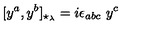
[ y ^ { a } , y ^ { b } ] _ { \star _ { \lambda } } = i \epsilon _ { a b c } \ y ^ { c }